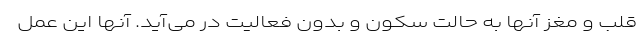
قلب و مغز آنها به حالت سکون و بدون فعالیت در می‌آید. آنها این عمل